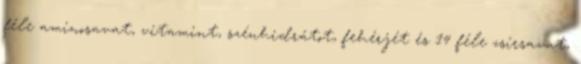
féle aminosavat, vitamint, szénhidrátot, fehérjét és 14 féle zsírsavat,